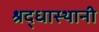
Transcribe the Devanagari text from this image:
श्रद्धास्थानी